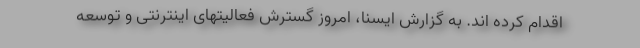
اقدام کرده اند. به گزارش ایسنا، امروز گسترش فعالیتهای اینترنتی و توسعه